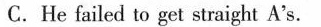
C. He failed to get straight A's.